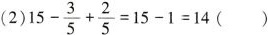
( 2 ) 15 - \frac { 3 } { 5 } + \frac { 2 } { 5 } = 15